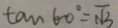
\tan 6 0 ^ { \circ } = \sqrt { 3 }